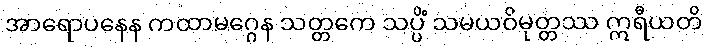
အာရောပနေန ကထာမဂ္ဂေန သတ္တကေ သပ္ပိံ သမယဝိမုတ္တဿ ဣရီယတိ